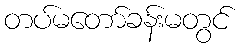
တပ်မတော်ခန်းမတွင်